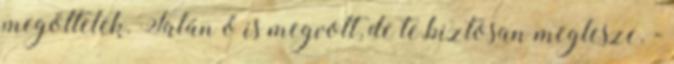
megöltelek. Talán ő is megvolt, de te.biztosan meglesze. -